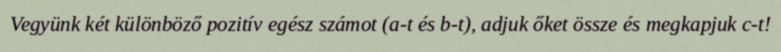
Vegyünk két különböző pozitív egész számot (a-t és b-t), adjuk őket össze és megkapjuk c-t!